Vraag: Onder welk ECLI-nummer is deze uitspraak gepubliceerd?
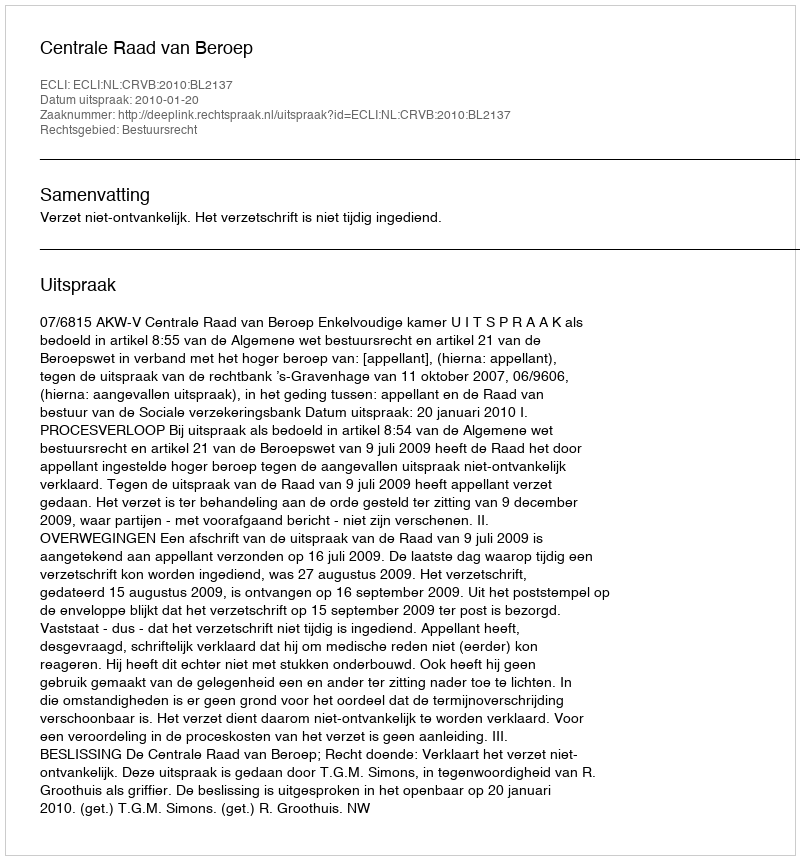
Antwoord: ECLI:NL:CRVB:2010:BL2137